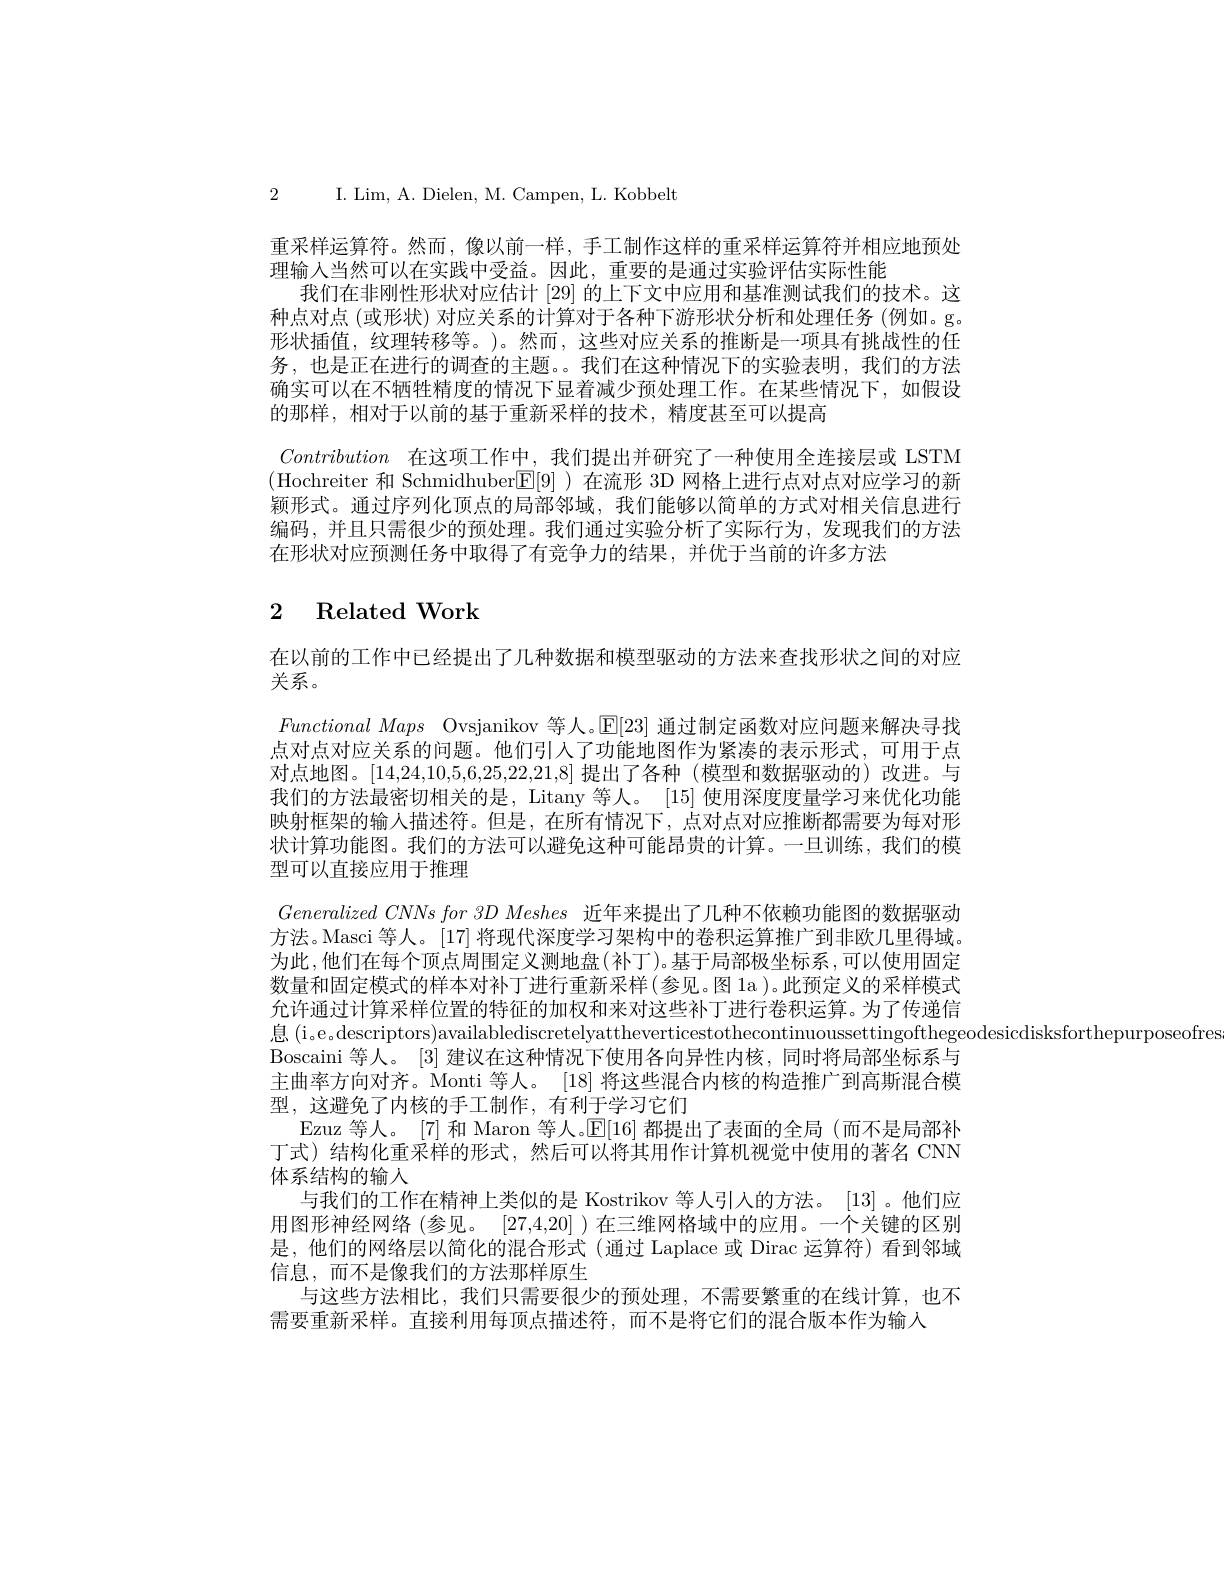
2 I. Lim, A. Dielen, M. Campen, L. Kobbelt

重采样运算符。然而，像以前一样，手工制作这样的重采样运算符并相应地预处
理输入当然可以在实践中受益。因此，重要的是通过实验评估实际性能
我们在非刚性形状对应估计[29]的上下文中应用和基准测试我们的技术。这种点对点(或形状) 对应关系的计算对于各种下游形状分析和处理任务 (例如。g。形状插值，纹理转移等。)。然而，这些对应关系的推断是一项具有挑战性的任务，也是正在进行的调查的主题。。我们在这种情况下的实验表明，我们的方法确实可以在不牺牲精度的情况下显着减少预处理工作。在某些情况下，如假设的那样，相对于以前的基于重新采样的技术，精度甚至可以提高
Contribution 在这项工作中，我们提出并研究了一种使用全连接层或 LSTM (Hochreiter 和 Schmidhuber$[\mathbb{E}[9]$ )在流形 3D 网格上进行点对点对应学习的新颖形式。通过序列化顶点的局部邻域，我们能够以简单的方式对相关信息进行编码，并且只需很少的预处理。我们通过实验分析了实际行为，发现我们的方法在形状对应预测任务中取得了有竞争力的结果，并优于当前的许多方法

# 2 Related Work

在以前的工作中已经提出了几种数据和模型驱动的方法来查找形状之间的对应
关系。
$Functional\textit{Maps Ovsjanikov 等 人 。}\mathbb{E} [ 23]$通过制定函数对应问题来解决寻找点对点对应关系的问题。他们引入了功能地图作为紧凑的表示形式，可用于点对点地图。[14,24,10,5,6,25,22,21,8]提出了各种(模型和数据驱动的)改进。与我们的方法最密切相关的是，Litany 等人。[15] 使用深度度量学习来优化功能映射框架的输人描述符。但是，在所有情况下，点对点对应推断都需要为每对形状计算功能图。我们的方法可以避免这种可能昂贵的计算。一旦训练，我们的模型可以直接应用于推理
$Generalized~CNNs~for~3D~Meshes~$近年来提出了几种不依赖功能图的数据驱动方法。Masci 等人。[17] 将现代深度学习架构中的卷积运算推广到非欧几里得域。为此，他们在每个顶点周围定义测地盘(补丁)。基于局部极坐标系，可以使用固定数量和固定模式的样本对补丁进行重新采样(参见。图 1a )。此预定义的采样模式允许通过计算采样位置的特征的加权和来对这些补丁进行卷积运算。为了传递信息 (i。e ,descriptors)availablediscretelyattheverticestothecontinuoussettingofthegeodesicdisksforthepurposeofrestingerestherestingestingestingestingestingestingestingestingestingestingestingestingestingestingestingestingestindestingestingestingestingesting
Boscaini 等人。[3]建议在这种情况下使用各向异性内核，同时将局部坐标系与主曲率方向对齐。Monti 等人。[18] 将这些混合内核的构造推广到高斯混合模型，这避免了内核的手工制作，有利于学习它们
Ezuz 等人。[7] 和 Maron 等人。$\mathbb{E}[16]$都提出了表面的全局(而不是局部补丁式)结构化重采样的形式，然后可以将其用作计算机视觉中使用的著名 CNN 体系结构的输人
与我们的工作在精神上类似的是 Kostrikov 等人引人的方法。[13]。他们应用图形神经网络(参见。[27,4,20] )在三维网格域中的应用。一个关键的区别是，他们的网络层以简化的混合形式(通过 Laplace 或 Dirac 运算符)看到邻域信息，而不是像我们的方法那样原生
与这些方法相比，我们只需要很少的预处理，不需要繁重的在线计算，也不
需要重新采样。直接利用每顶点描述符，而不是将它们的混合版本作为输入